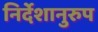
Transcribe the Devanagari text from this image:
निर्देशानुरुप